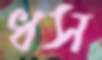
ধস